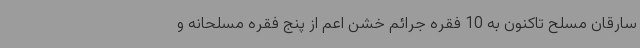
سارقان مسلح تاکنون به 10 فقره جرائم خشن اعم از پنج فقره مسلحانه و